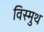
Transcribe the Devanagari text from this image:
विस्मुथ